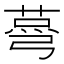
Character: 𦷆